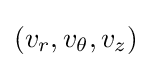
(v_{r},v_{\theta },v_{z})